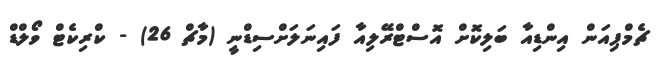
ޗެމްޕިއަން އިންޑިއާ ބަލިކޮށް އޮސްޓްރޭލިއާ ފައިނަލަށްސިޑްނީ (މާޗް 26) - ކްރިކެޓް ވޯލްޑް